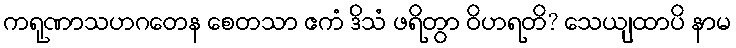
ကရုဏာသဟဂတေန စေတသာ ဧကံ ဒိသံ ဖရိတွာ ဝိဟရတိ? သေယျထာပိ နာမ